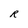
Character: R